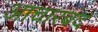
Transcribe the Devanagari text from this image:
आचारबंद